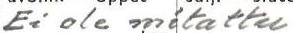
Ei ole mitattu